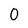
Character: O